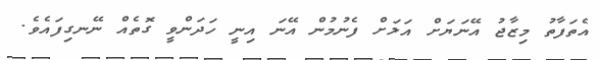
އެތަފާތު މިޒާޖު އޭނަޔަށް އަލަށް ފެނުމުން އޭނަ އިނީ ހަދަންވީ ގޮތެއް ނޭނގިފައެވެ.